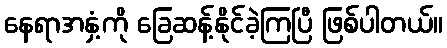
နေရာအနှံ့ကို ခြေဆန့်နိုင်ခဲ့ကြပြီ ဖြစ်ပါတယ်။